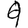
Digit: 9